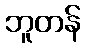
ဘူတန်